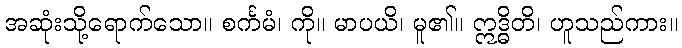
အဆုံးသို့ရောက်သော။ စင်္ကမံ၊ ကို။ မာပယိ၊ မူ၏။ ဣဒ္ဓိတိ၊ ဟူသည်ကား။